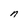
Character: n